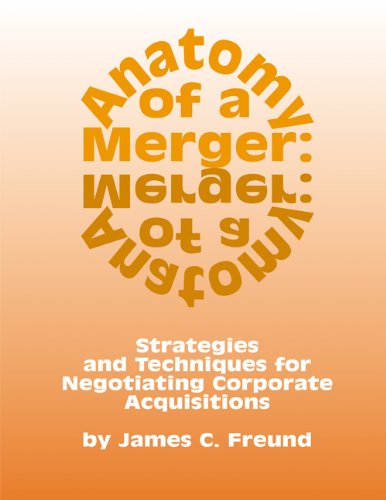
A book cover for Anatomy of a Merger: Strategies and Techniques for Negotiating Corporate Acquisitions; James C. Freund; Business & Money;